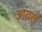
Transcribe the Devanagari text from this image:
आयस्